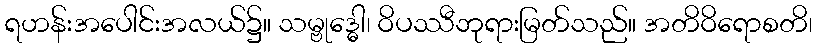
ရဟန်းအပေါင်းအလယ်၌။ သမ္ဗုဒ္ဓေါ၊ ဝိပဿီဘုရားမြတ်သည်။ အတိဝိရောစတိ၊